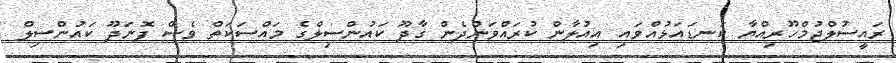
ރައީސުލްޖުމްހޫރިއްޔާ ކަނޑައަޅުއްވައި އިއުލާން ކުރައްވަންދެން ގާދޫ ކައުންސިލްގެ މައްސަކަތް ވެސް ފޮނަދޫ ކައުންސިލް